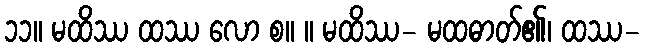
၁၁။ မထိဿ ထဿ လော စ။ ။ မထိဿ- မထဓာတ်၏၊ ထဿ-